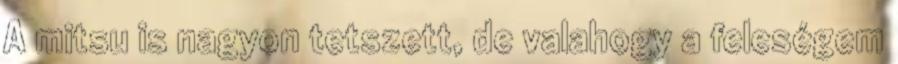
A mitsu is nagyon tetszett, de valahogy a feleségem